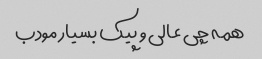
همه چی عالی و پیک بسیار مودب